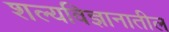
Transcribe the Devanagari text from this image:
शल्यविज्ञानातील